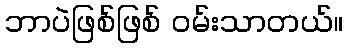
ဘာပဲဖြစ်ဖြစ် ဝမ်းသာတယ်။